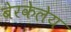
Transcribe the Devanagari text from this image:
बेरकेलेय